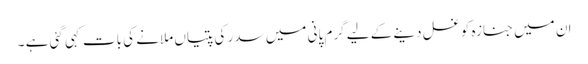
ان میں جنازہ کو غسل دینے کے لیے گرم پانی میں سدر کی پتیاں ملانے کی بات کہی گئی ہے ۔